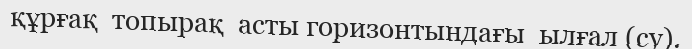
құрғақ  топырақ  асты горизонтындағы  ылғал (су).